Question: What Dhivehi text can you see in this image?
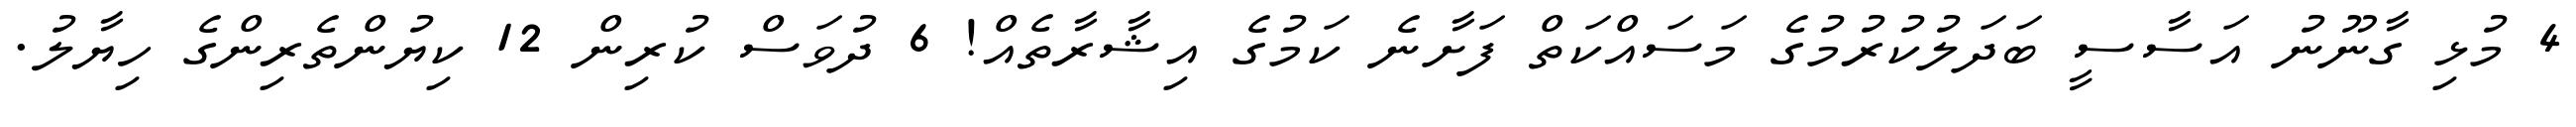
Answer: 4 މުޅި ގާނޫނު އަސާސީ ބަދަލުކުރުމުގެ މަސައްކަތް ފަށާނެ ކަމުގެ އިޝާރާތެއް! 6 ދުވަސް ކުރިން 12 ކިޔުންތެރިންގެ ހިޔާލު.